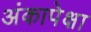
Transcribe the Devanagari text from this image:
अंकापेक्षा